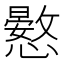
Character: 𢣮